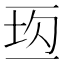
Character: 𰁘